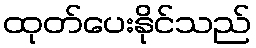
ထုတ်ပေးနိုင်သည်